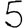
Digit: 5